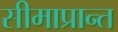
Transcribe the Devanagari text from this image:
सीमाप्रान्त